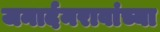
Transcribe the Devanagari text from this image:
जनार्दनरावांच्या